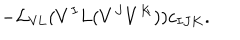
LaTeX: - { \cal L } _ { \mathrm { V L } } ( V ^ { I } L ( V ^ { J } V ^ { K } ) ) c _ { I J K } .